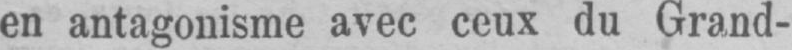
en antagonisme avec ceux du Grand-